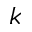
k